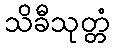
သိခီသုတ္တံ